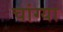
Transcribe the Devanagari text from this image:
चांग्या